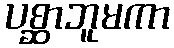
ပစ္ဆာဘူမကာ